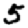
Digit: 5